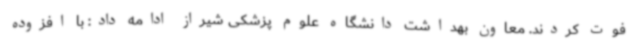
فوت کردند. معاون بهداشت دانشگاه علوم پزشکی شیراز ادامه داد: با افزوده